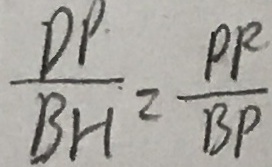
\frac { D P } { B H } = \frac { P P } { B P }